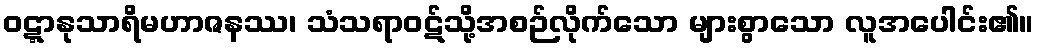
ဝဋ္ဋာနုသာရိမဟာဇနဿ၊ သံသရာဝဋ်သို့အစဉ်လိုက်သော များစွာသော လူအပေါင်း၏။